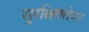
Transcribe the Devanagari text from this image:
सुरक्षिततेवर